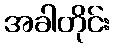
အခါတိုင်း